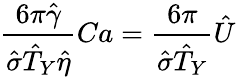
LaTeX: \frac{6\pi\hat{\gamma}}{\hat{\sigma}\hat{T}_{Y}\hat{\eta}}Ca=\frac{6\pi}{\hat{\sigma}\hat{T}_{Y}}\hat{U}